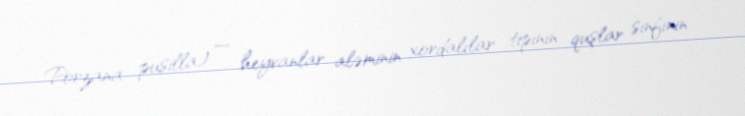
Porzana pusilla) — heyvanlar aləminin xordalılar tipinin quşlar sinfinin